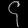
Digit: ၄